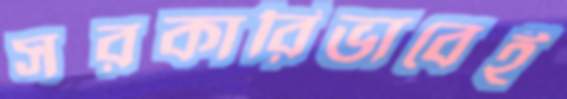
সরকারিভাবেই